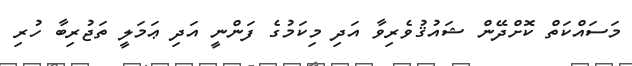
މަސައްކަތް ކޮށްދޭން ޝައުޤުވެރިވާ އަދި މިކަމުގެ ފަންނީ އަދި ޢަމަލީ ތަޖުރިބާ ހުރި